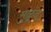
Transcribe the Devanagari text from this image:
मुळूंद